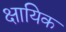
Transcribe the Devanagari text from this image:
क्षायिक